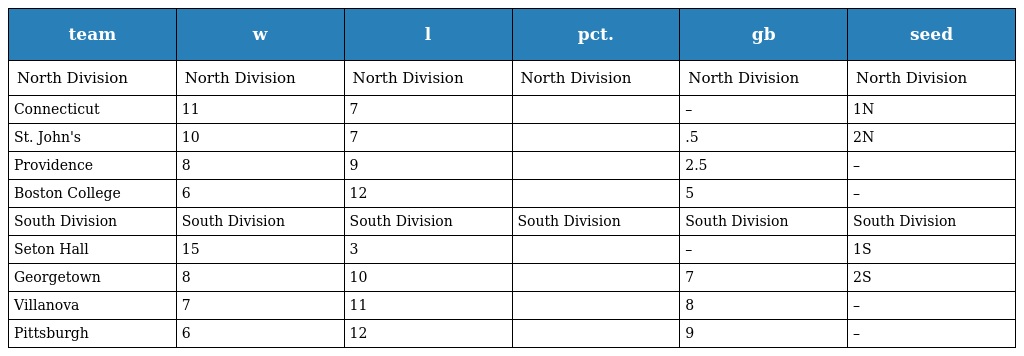
| team | w | l | pct. | gb | seed |
 | --- | --- | --- | --- | --- | --- |
 | North Division | North Division | North Division | North Division | North Division | North Division |
 | Connecticut | 11 | 7 |  | – | 1N |
 | St. John's | 10 | 7 |  | .5 | 2N |
 | Providence | 8 | 9 |  | 2.5 | – |
 | Boston College | 6 | 12 |  | 5 | – |
 | South Division | South Division | South Division | South Division | South Division | South Division |
 | Seton Hall | 15 | 3 |  | – | 1S |
 | Georgetown | 8 | 10 |  | 7 | 2S |
 | Villanova | 7 | 11 |  | 8 | – |
 | Pittsburgh | 6 | 12 |  | 9 | – |